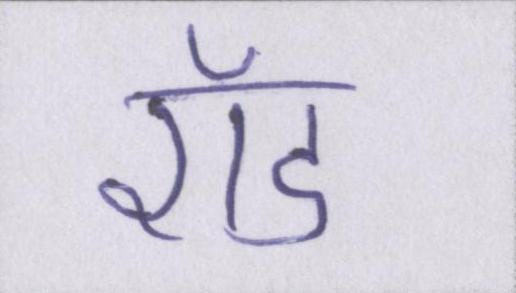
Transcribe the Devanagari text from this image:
रॉड